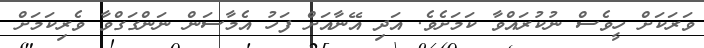
ވަރަކަށް ހީވެސް ނުކުރައްވާާ ކަމަށެވެ. އަދި އޭނާއަށް ފަހު އެމާސަން ނަންގަގްވާާ ވެރިކަމަށް